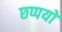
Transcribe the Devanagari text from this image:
छप्पयों